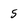
Character: 5